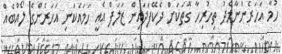
ހުމާ އަހަރެންނާމެދު ތިހުރިހާ ގޮތަކަށް ދެކޭފަދައިން ޒަލަފް އެއީ ހަމައެކަނި އަހަރެންގެ ލޯއްބެއް